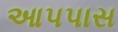
આપપાસ